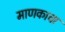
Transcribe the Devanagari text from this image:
माणकाचा